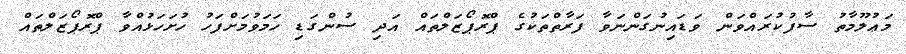
މަޢުލޫމާތު ސާފުކުރައްވަން ވަޑައިނުގަންނަވާ ފަރާތްތަކުގެ ޕްރޮޕޯޒަލްތައް އަދި ސުންގަޑި ހަމަވުމަށްފަހު ހުށަހަޅުއްވާ ޕްރޮޕޯޒަލްތައް